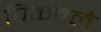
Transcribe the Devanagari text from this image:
पिकवले